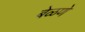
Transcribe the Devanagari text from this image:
बेळणे